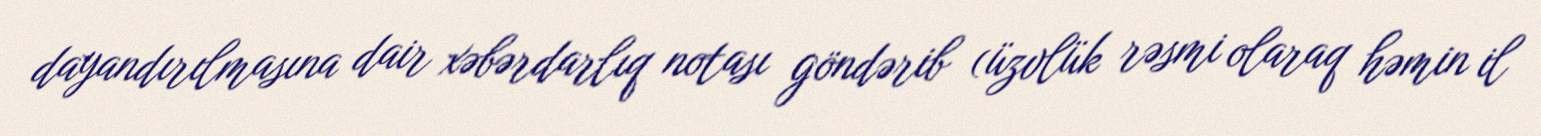
dayandırılmasına dair xəbərdarlıq notası göndərib (üzvlük rəsmi olaraq həmin il